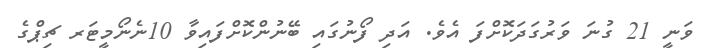
ވަނީ 21 ގުނަ ވަރުގަދަކޮށްފަ އެވެ. އަދި ފޯނުގައި ބޭނުންކޮށްފައިވާ 10ނެނޯމީޓަރ ޗިޕްގެ